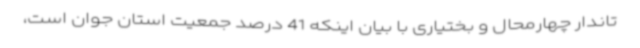
تاندار چهارمحال و بختیاری با بیان اینکه 41 درصد جمعیت استان جوان است،